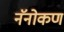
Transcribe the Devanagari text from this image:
नॅनोकण